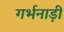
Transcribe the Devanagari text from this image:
गर्भनाड़ी